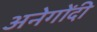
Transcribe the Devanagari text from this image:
अनेगोंदी